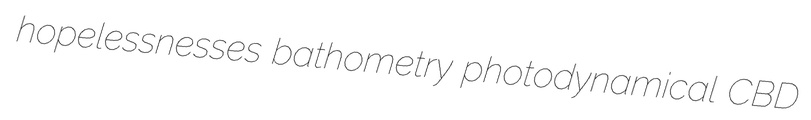
hopelessnesses bathometry photodynamical CBD